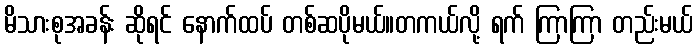
မိသားစုအခန်း ဆိုရင် နောက်ထပ် တစ်ဆပိုမယ်။တကယ်လို့ ရက် ကြာကြာ တည်းမယ်